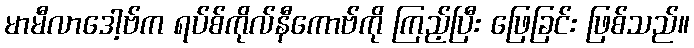
မာမီလာဒေါ့ဗ်က ရပ်စ်ကိုလ်နီကောဗ်ကို ကြည့်ပြီး ဖြေခြင်း ဖြစ်သည်။